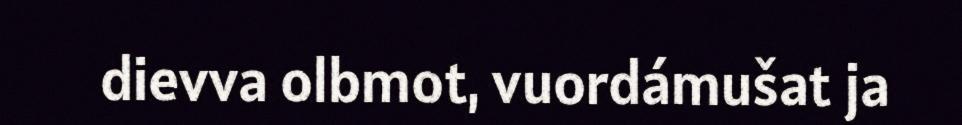
dievva olbmot, vuordámušat ja